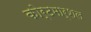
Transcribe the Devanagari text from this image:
कोर्टमार्शल